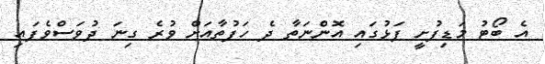
އެ ބޯޓު މަޑިފުށީ ފަޅުގައި އޮންނަތާ ދެ ހަފުތާއަށް ވުރެ ގިނަ ދުވަސްވެފައި